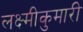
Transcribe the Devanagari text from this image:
लक्ष्मीकुमारी